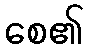
စေ၏